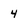
Character: 4